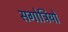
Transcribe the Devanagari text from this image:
सगोत्रियों